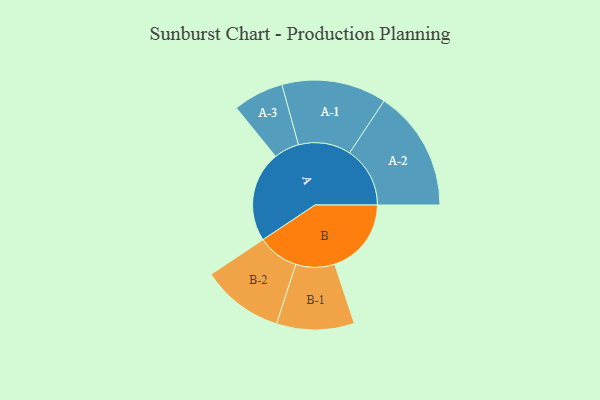
{"axis": {"x": "Segment", "y": "Value"}, "legend": ["", "A", "B"], "data": [{"x": "A", "y": 441, "type": ""}, {"x": "B", "y": 373, "type": ""}, {"x": "A-1", "y": 255, "type": "A"}, {"x": "A-2", "y": 294, "type": "A"}, {"x": "A-3", "y": 123, "type": "A"}, {"x": "B-1", "y": 189, "type": "B"}, {"x": "B-2", "y": 200, "type": "B"}]}